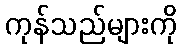
ကုန်သည်များကို